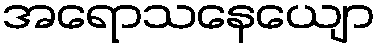
အရောသနေယျော